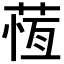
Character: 𦵕